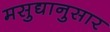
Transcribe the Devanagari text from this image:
मसुद्यानुसार